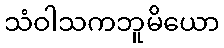
သံဝါသကဘူမိယော